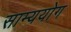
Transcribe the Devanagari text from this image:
साम्ययोग